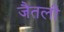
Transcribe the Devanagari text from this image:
जैतली